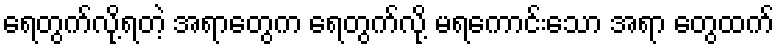
ရေတွက်လို့ရတဲ့ အရာတွေက ရေတွက်လို့ မရကောင်းသော အရာ တွေထက်